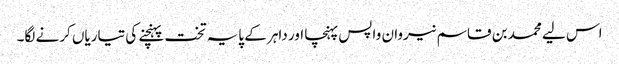
اس لیے محمد بن قاسم نیروان واپس پہنچا اور داہر کے پایہ تخت پہنچنے کی تیاریاں کرنے لگا۔